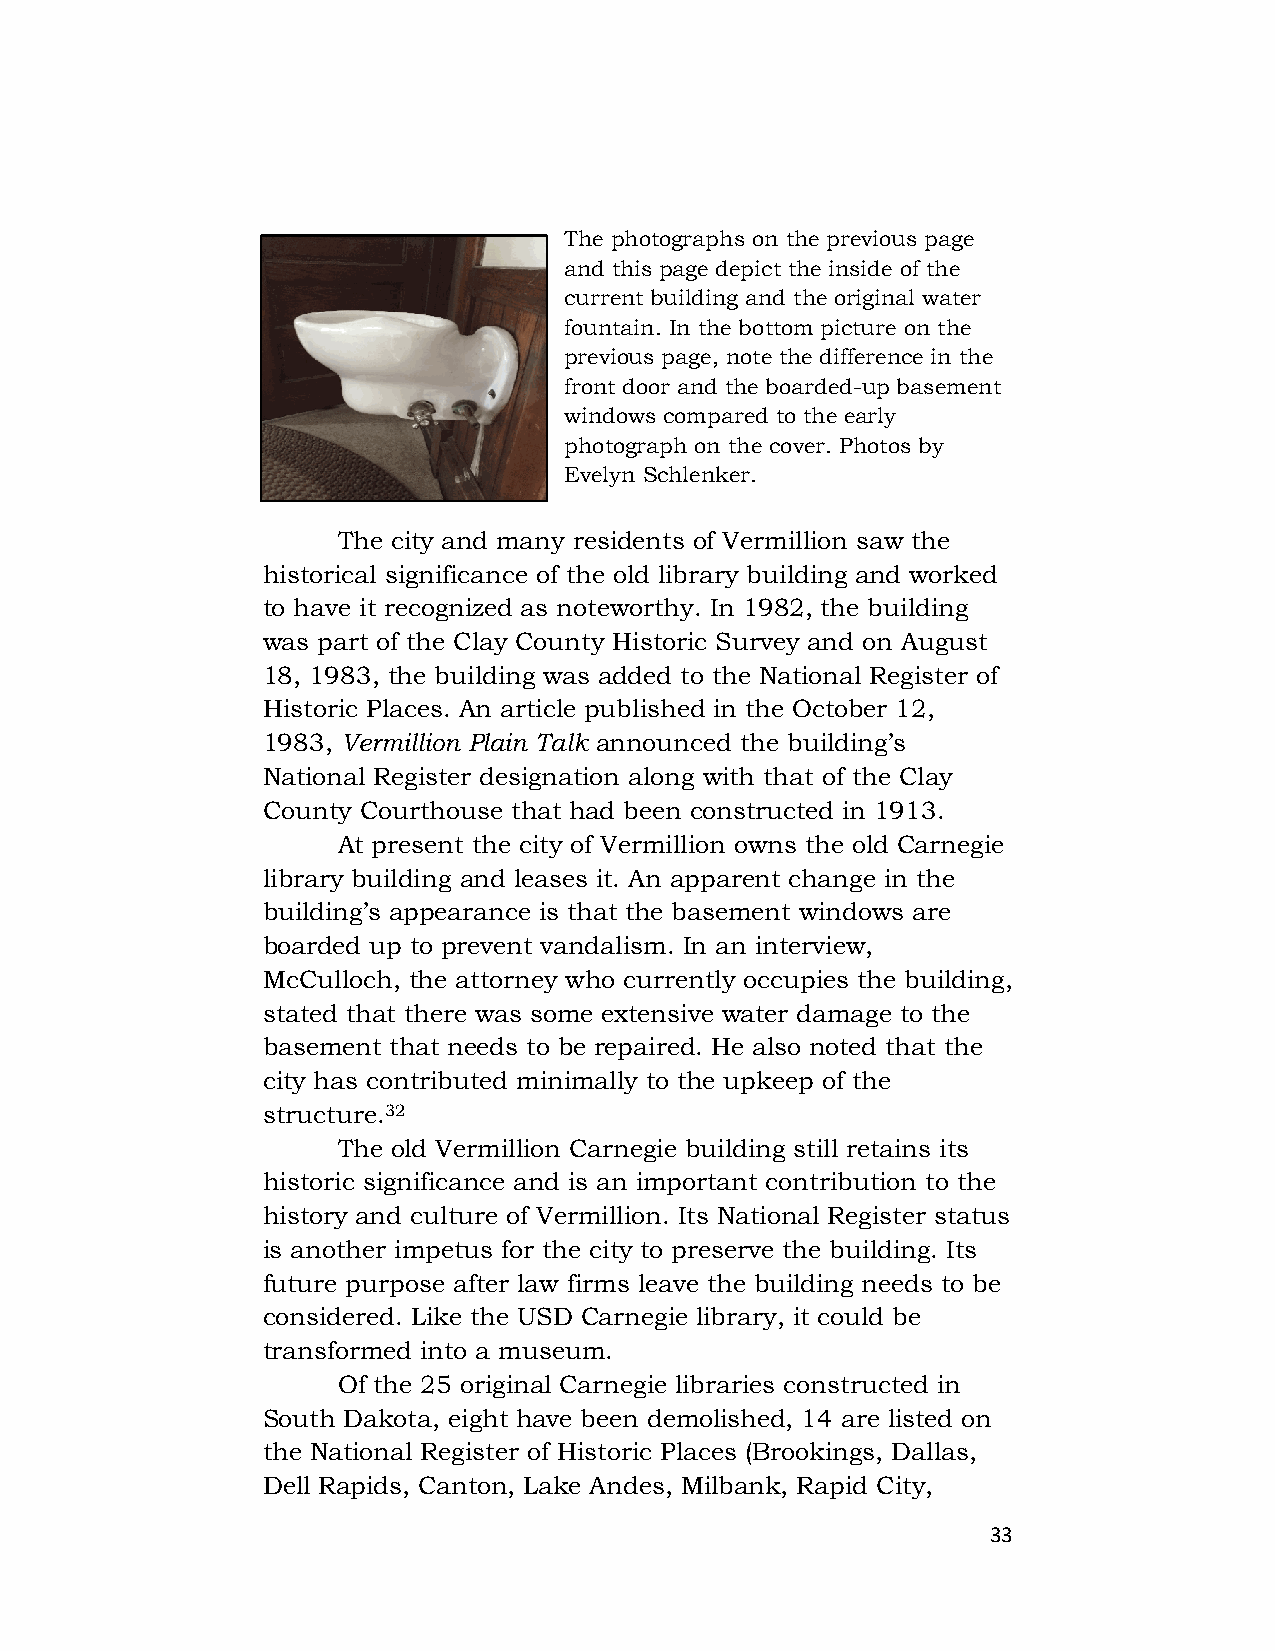
The photographs on the previous page
 and this page depict the inside of the
 current building and the original water
 fountain. In the bottom picture on the
 previous page, note the difference in the
 front door and the boarded-up basement
 windows compared to the early
 photograph on the cover. Photos by
 Evelyn Schlenker.
 The city and many residents of Vermillion saw the
 historical significance of the old library building and worked
 to have it recognized as noteworthy. In 1982, the building
 was part of the Clay County Historic Survey and on August
 18, 1983, the building was added to the National Register of
 Historic Places. An article published in the October 12,
 1983, Vermillion Plain Talk announced the building’s
 National Register designation along with that of the Clay
 County Courthouse that had been constructed in 1913.
 At present the city of Vermillion owns the old Carnegie
 library building and leases it. An apparent change in the
 building’s appearance is that the basement windows are
 boarded up to prevent vandalism. In an interview,
 McCulloch, the attorney who currently occupies the building,
 stated that there was some extensive water damage to the
 basement that needs to be repaired. He also noted that the
 city has contributed minimally to the upkeep of the
 structure.32
 The old Vermillion Carnegie building still retains its
 historic significance and is an important contribution to the
 history and culture of Vermillion. Its National Register status
 is another impetus for the city to preserve the building. Its
 future purpose after law firms leave the building needs to be
 considered. Like the USD Carnegie library, it could be
 transformed into a museum.
 Of the 25 original Carnegie libraries constructed in
 South Dakota, eight have been demolished, 14 are listed on
 the National Register of Historic Places (Brookings, Dallas,
 Dell Rapids, Canton, Lake Andes, Milbank, Rapid City,
 33